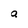
Character: a